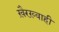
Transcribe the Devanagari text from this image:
ख़ैरख़्वाही